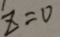
z = 0